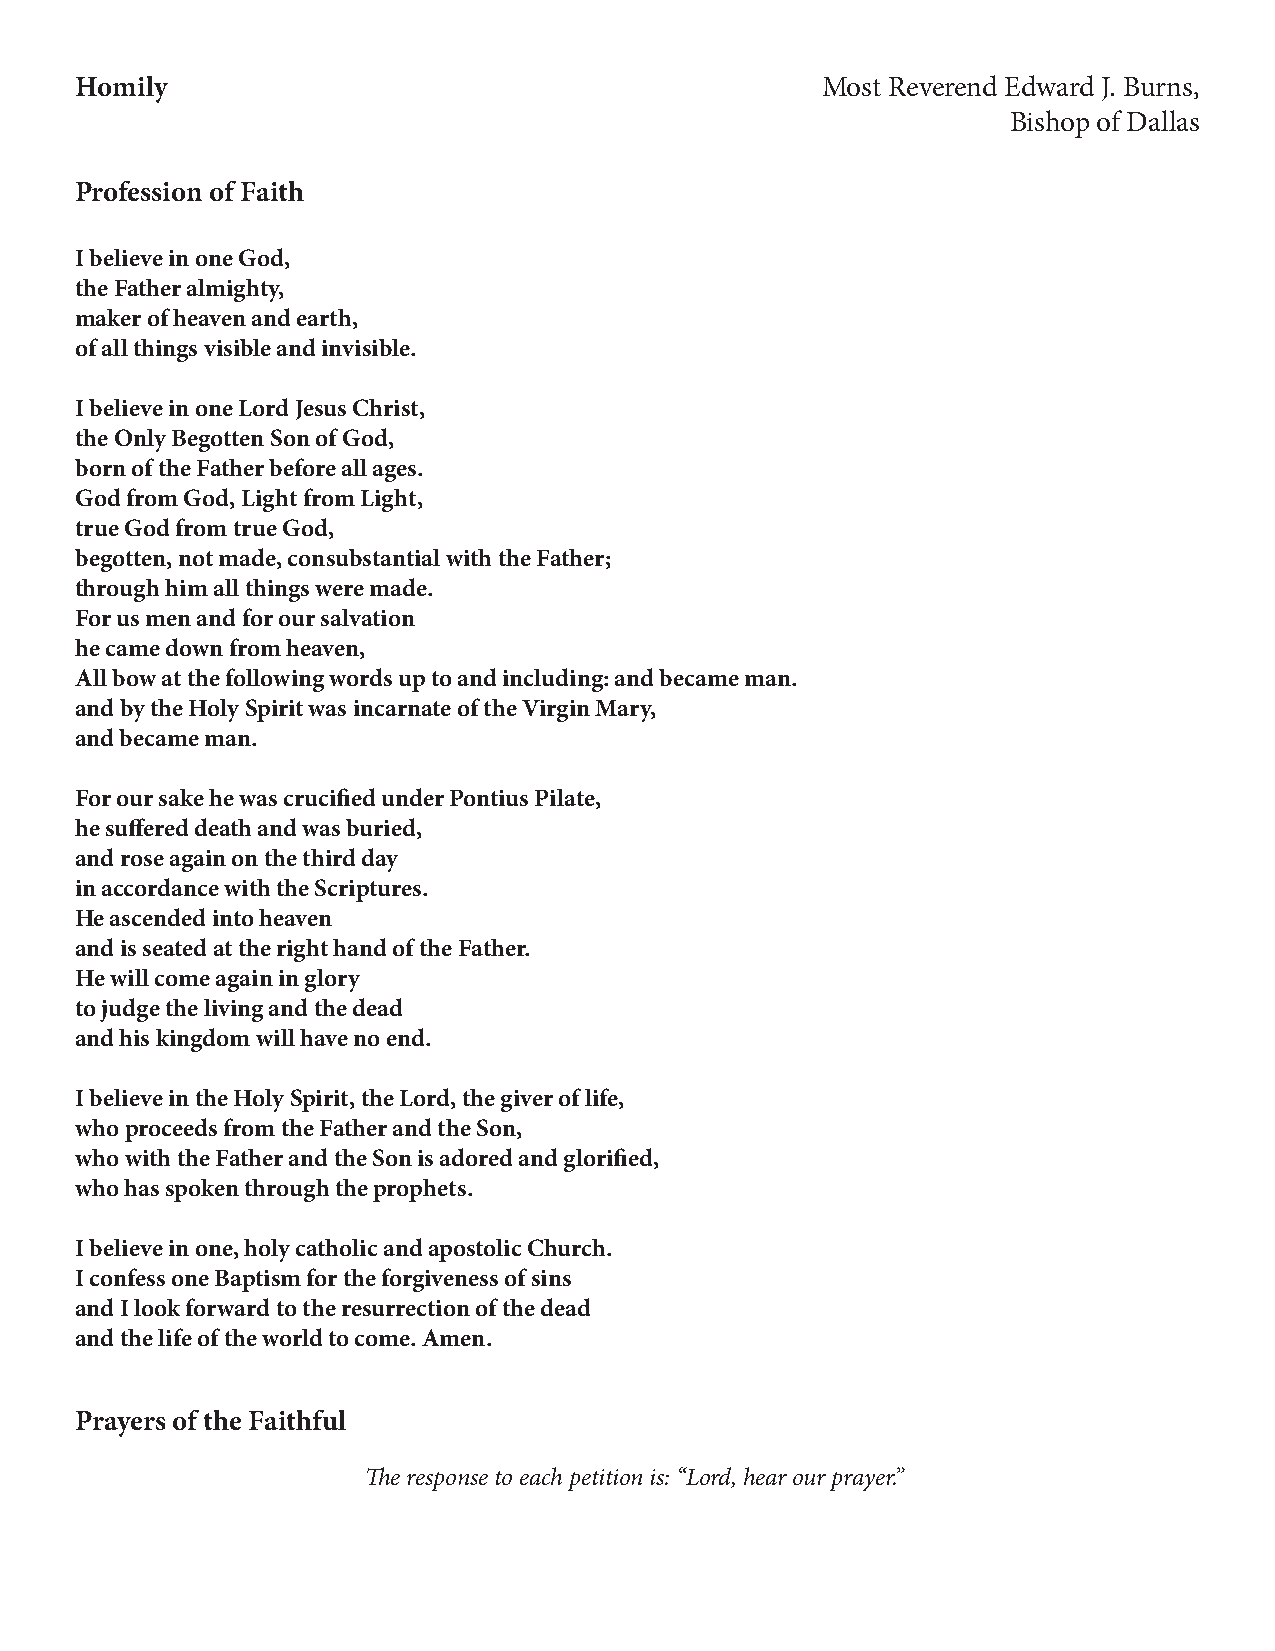
Homily                                           Most Reverend Edward J. Burns,
 Bishop of Dallas
 Profession of Faith
 I believe in one God,
 the Father almighty,
 maker of heaven and earth,
 of all things visible and invisible.
 I believe in one Lord Jesus Christ,
 the Only Begotten Son of God,
 born of the Father before all ages.
 God from God, Light from Light,
 true God from true God,
 begotten, not made, consubstantial with the Father;
 through him all things were made.
 For us men and for our salvation
 he came down from heaven,
 All bow at the following words up to and including: and became man.
 and by the Holy Spirit was incarnate of the Virgin Mary,
 and became man.
 For our sake he was crucified under Pontius Pilate,
 he suffered death and was buried,
 and rose again on the third day
 in accordance with the Scriptures.
 He ascended into heaven
 and is seated at the right hand of the Father.
 He will come again in glory
 to judge the living and the dead
 and his kingdom will have no end.
 I believe in the Holy Spirit, the Lord, the giver of life,
 who proceeds from the Father and the Son,
 who with the Father and the Son is adored and glorified,
 who has spoken through the prophets.
 I believe in one, holy catholic and apostolic Church.
 I confess one Baptism for the forgiveness of sins
 and I look forward to the resurrection of the dead
 and the life of the world to come. Amen.
 Prayers of the Faithful
 The response to each petition is: “Lord, hear our prayer.”